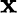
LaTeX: \mathrm{\mathbf x}